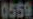
0559